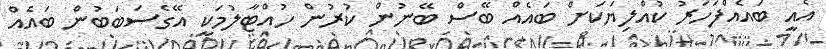
އެއީ ބައެއްފަހަރު ކުއްލިޔަކަށް ބައެއް ބޭސް ބޭނުން ކުރުން ހުއްޓާލުމަކީ އޭގެސަބަބުން ބައެއް